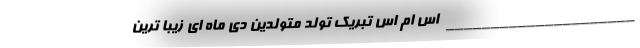
_____________________ اس ام اس تبریک تولد متولدین دی ماه ای زیبا ترین